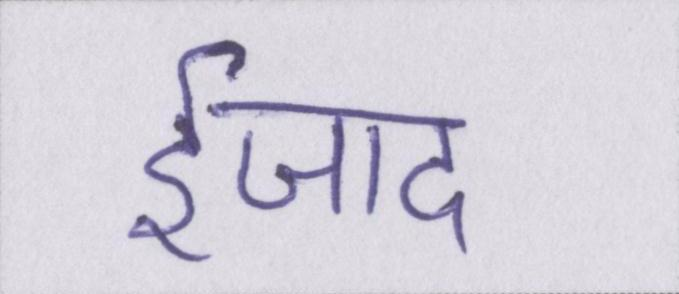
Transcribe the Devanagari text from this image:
ईजाद